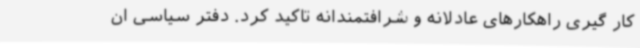
کار گیری راهکارهای عادلانه و شرافتمندانه تاکید کرد. دفتر سیاسی ان